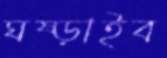
ঘষ্‌ড়াইব